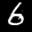
Label: 6